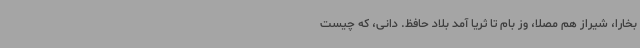
بخارا، شیراز هم مصلا، وز بام تا ثریا آمد بلاد حافظ. دانی، که چیست